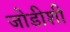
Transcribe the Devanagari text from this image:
जोडीशी